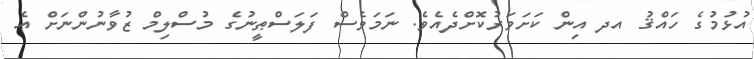
އުޅުމުގެ ހައްޤު އދ އިން ކަށަވަރުކޮށްދެއެވެ. ނަމަވެސް ފަލަސްޠީނުގެ މުސްލިމް ޒުވާނުންނަށް އެ